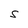
Character: S